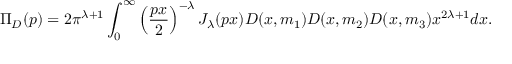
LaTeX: \Pi _ { D } ( p ) = 2 \pi ^ { \lambda + 1 } \int _ { 0 } ^ { \infty } \left( \frac { p x } 2 \right) ^ { - \lambda } J _ { \lambda } ( p x ) D ( x , m _ { 1 } ) D ( x , m _ { 2 } ) D ( x , m _ { 3 } ) x ^ { 2 \lambda + 1 } d x .